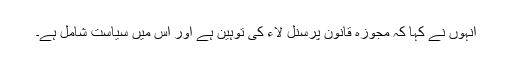
انہوں نے کہا کہ مجوزہ قانون پرسنل لاء کی توہین ہے اور اس میں سیاست شامل ہے۔